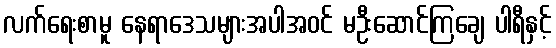
လက်ရေးစာမူ နေရာဒေသများအပါအဝင် မဦးဆောင်ကြချေ ပါရီနှင့်